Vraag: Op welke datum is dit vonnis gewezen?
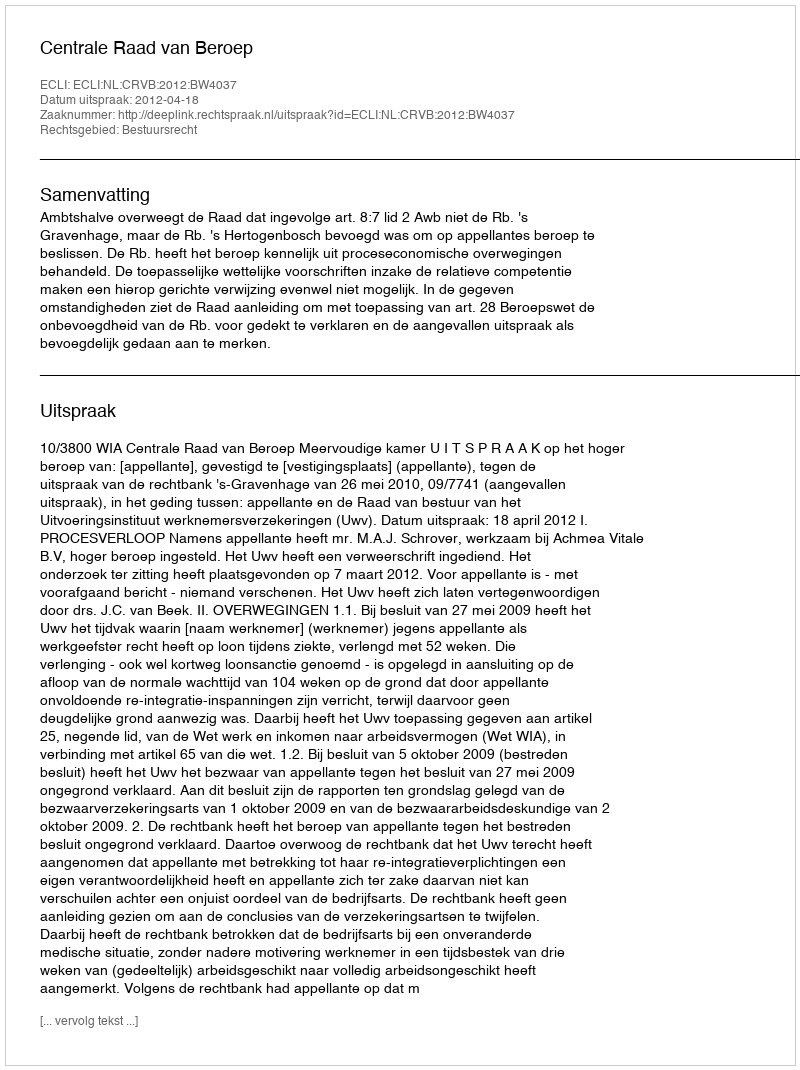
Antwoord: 2012-04-18